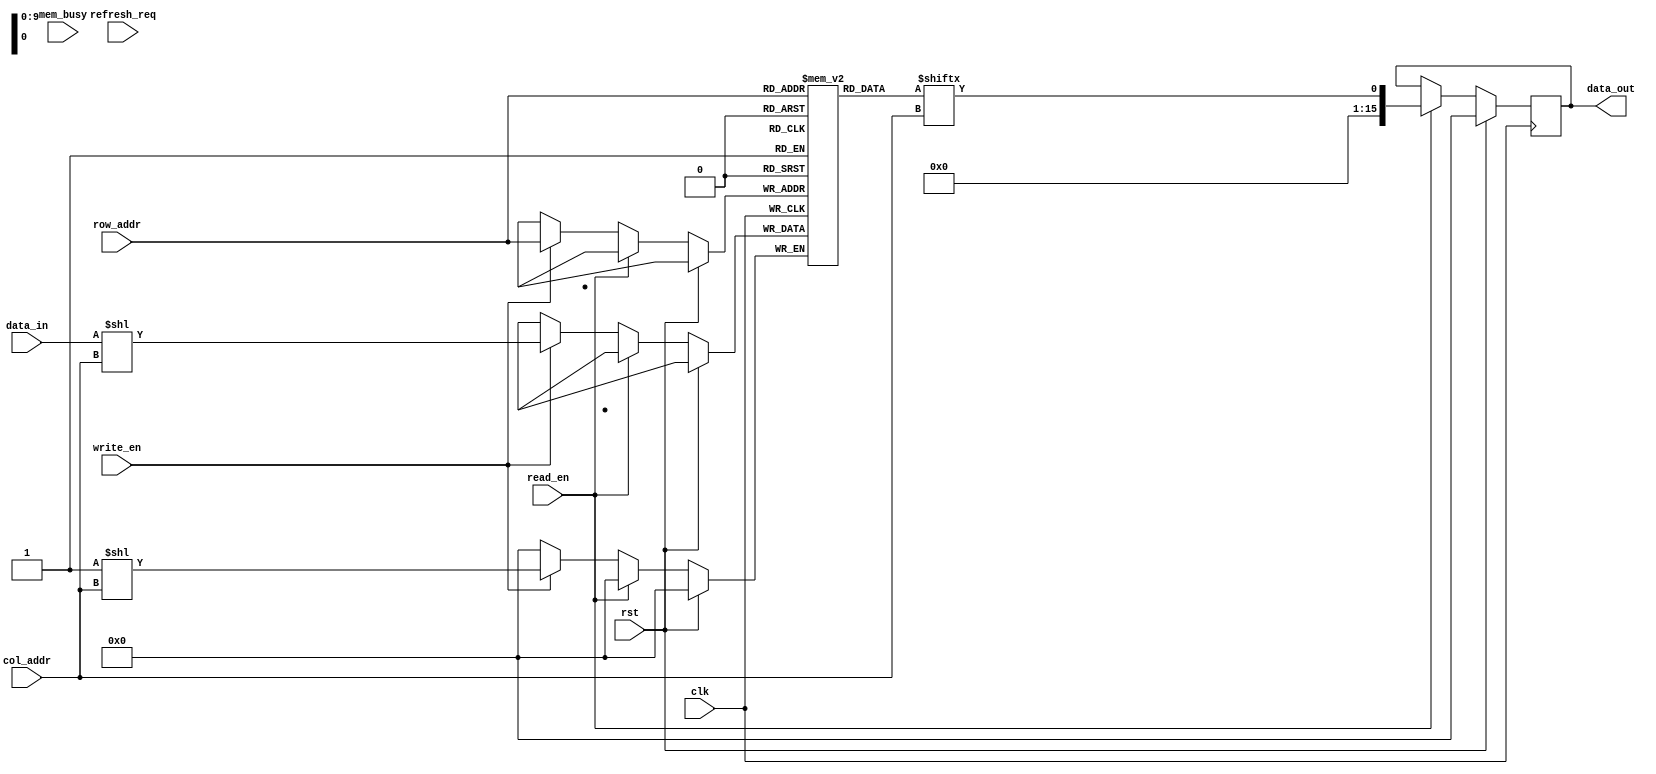
module lpddr_ram(
  input wire clk,
  input wire rst,
  input wire [ADDRESS_WIDTH-1:0] row_addr,
  input wire [ADDRESS_WIDTH-1:0] col_addr,
  input wire [DATA_WIDTH-1:0] data_in,
  output reg [DATA_WIDTH-1:0] data_out,
  input wire read_en,
  input wire write_en,
  input wire refresh_req,
  input wire mem_busy
);

parameter ADDRESS_WIDTH = 10;
parameter DATA_WIDTH = 16;

reg [DATA_WIDTH-1:0] memory [0:2**ADDRESS_WIDTH-1];

always @ (posedge clk) begin
  if (rst) begin
    data_out <= 0;
  end else begin
    if (read_en) begin
      data_out <= memory[row_addr][col_addr];
    end else if (write_en) begin
      memory[row_addr][col_addr] <= data_in;
    end
  end
end

// Control logic for refresh cycles and other operations
// (to be implemented as needed)

endmodule